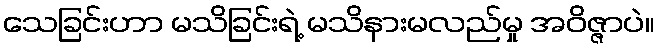
သေခြင်းဟာ မသိခြင်းရဲ့ မသိနားမလည်မှု အဝိဇ္ဇာပဲ။